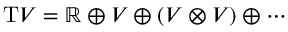
\mathrm { T } V = \mathbb { R } \oplus V \oplus ( V \otimes V ) \oplus \cdots